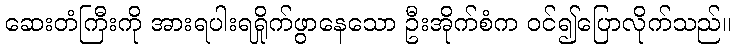
ဆေးတံကြီးကို အားရပါးရရှိုက်ဖွာနေသော ဦးအိုက်စံက ဝင်၍ပြောလိုက်သည်။